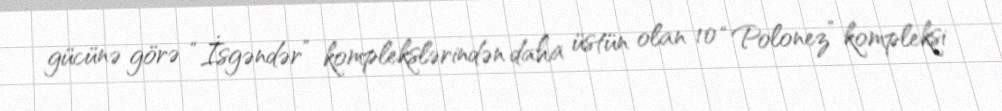
gücünə görə “İsgəndər” komplekslərindən daha üstün olan 10 “Polonez” kompleksi